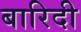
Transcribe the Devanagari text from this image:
बारिदी